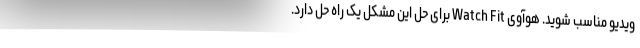
ویدیو مناسب شوید. هوآوی Watch Fit برای حل این مشکل یک راه حل دارد.